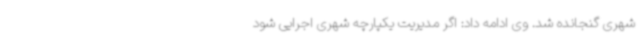
شهری گنجانده شد. وی ادامه داد: اگر مدیریت یکپارچه شهری اجرایی شود